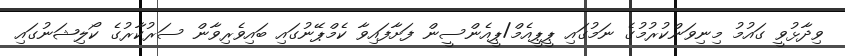
ވިދާޅުވީ ގައުމު މިނިވަންކުރުމުގެ ނަމުގައި ޕީޕީއެމް/ޕީއެންސީން ފަށާފައިވާ ކެމްޕޭނުގައި ބައިވެެރިވާން ސަރުކާރުގެ ކޯލިޝަނުގައި